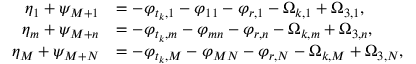
\begin{array} { r l } { \eta _ { 1 } + \psi _ { M + 1 } } & { = - \varphi _ { t _ { k } , 1 } - \varphi _ { 1 1 } - \varphi _ { r , 1 } - \Omega _ { k , 1 } + \Omega _ { 3 , 1 } , } \\ { \eta _ { m } + \psi _ { M + n } } & { = - \varphi _ { t _ { k } , m } - \varphi _ { m n } - \varphi _ { r , n } - \Omega _ { k , m } + \Omega _ { 3 , n } , } \\ { \eta _ { M } + \psi _ { M + N } } & { = - \varphi _ { t _ { k } , M } - \varphi _ { M N } - \varphi _ { r , N } - \Omega _ { k , M } + \Omega _ { 3 , N } , } \end{array}